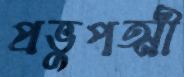
প্রভুপত্মী